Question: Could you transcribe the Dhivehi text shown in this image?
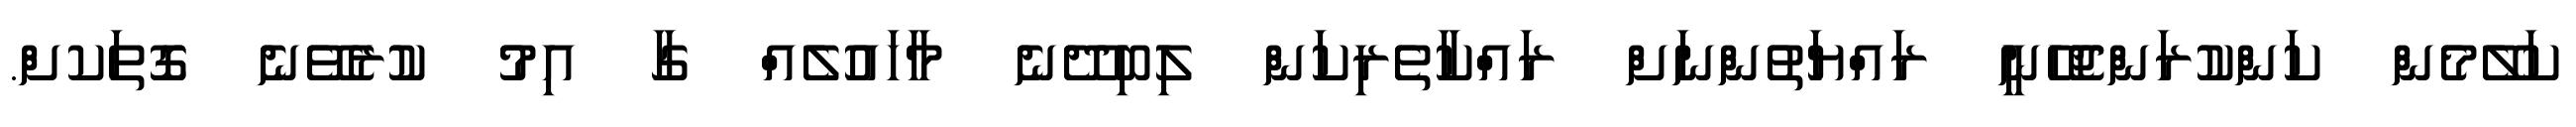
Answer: ކަލޭމެން ކަންކުރަންޖެހޭނީ ރައްޔަތުންނަށް ރައްކާތެރިކަން ލިބިދޭނެ މާހައުލެއް ގާ އިމު ކުރެވޭނެ ގޮތަކށް.